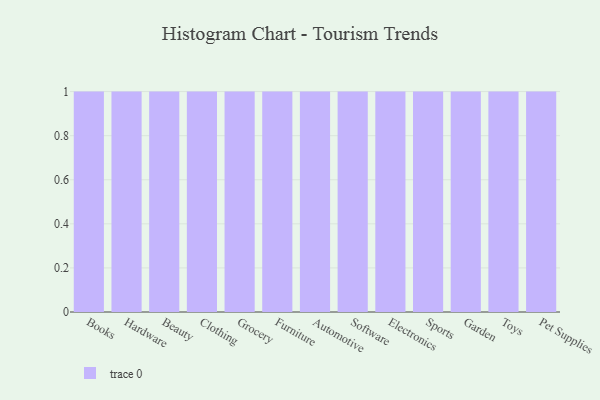
{"axis": {"x": "Category", "y": "Conversion Rate (%)"}, "legend": [""], "data": [{"x": "Books", "y": 50, "type": ""}, {"x": "Hardware", "y": 48, "type": ""}, {"x": "Beauty", "y": 93, "type": ""}, {"x": "Clothing", "y": 77, "type": ""}, {"x": "Grocery", "y": 91, "type": ""}, {"x": "Furniture", "y": 87, "type": ""}, {"x": "Automotive", "y": 49, "type": ""}, {"x": "Software", "y": 99, "type": ""}, {"x": "Electronics", "y": 66, "type": ""}, {"x": "Sports", "y": 43, "type": ""}, {"x": "Garden", "y": 7, "type": ""}, {"x": "Toys", "y": 64, "type": ""}, {"x": "Pet Supplies", "y": 94, "type": ""}]}